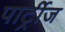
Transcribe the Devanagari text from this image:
पार्ट्रीज